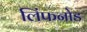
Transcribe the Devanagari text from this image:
लिंफनोड